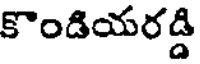
కొండియరడ్డి